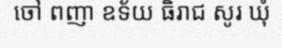
ចៅ ពញា ឧទ័យ ធិរាជ សូរ ឃុំ